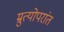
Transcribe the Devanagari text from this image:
म्रुत्योपरांत